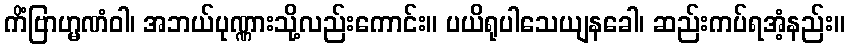
ကိံဗြာဟ္မဏံဝါ၊ အဘယ်ပုဏ္ဏားသို့လည်းကောင်း။ ပယိရုပါသေယျနခေါ၊ ဆည်းကပ်ရအံ့နည်း။